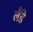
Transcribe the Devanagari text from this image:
लैंडे